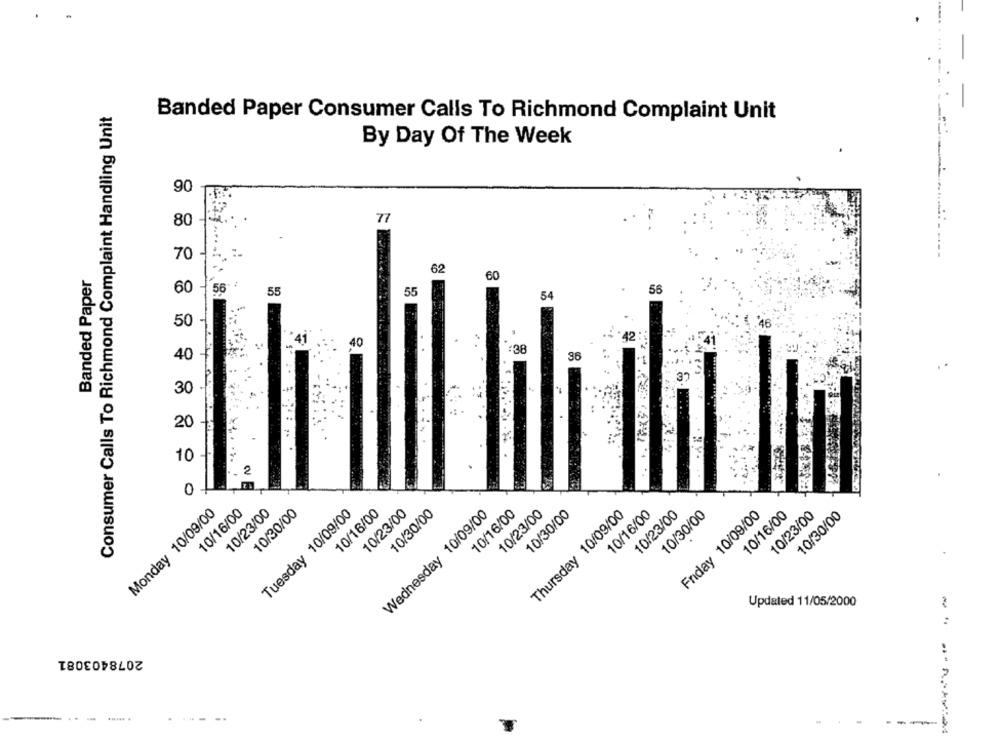
Consumer Calls To Richmond Complaint Handling Unit
Banded Paper Consumer Calls To Richmond Complaint Unit
By Day Of The Week
90
80
77
70
62
Banded Paper
60
60
56
55
55
54
56
50
46
40
. . 42
36
40
30
20
10
Monday 10/09/00
10/16/00
10/23/00
10/30/00
Tuesday 10/09/00
10/18/00
10/23/00
Wednesday 10/09/00
10/30/00
10/16/00
10/23/00
10/30/00
Thursday 10/09/00
10/16/00
10/23/00
10/30/00
Friday 10/09/00
10/16/00
10/23/00
10/30/00
Updated 11/05/2000
2078403081
--